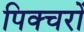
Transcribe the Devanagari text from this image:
पिक्चरों